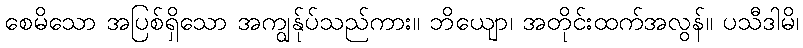
စေမိသော အပြစ်ရှိသော အကျွန်ုပ်သည်ကား။ ဘိယျော၊ အတိုင်းထက်အလွန်။ ပသီဒါမိ၊